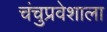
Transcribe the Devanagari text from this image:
चंचुप्रवेशाला